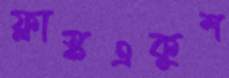
ফ্লাস্কএকুশ